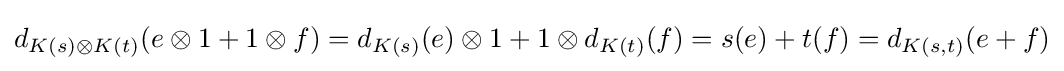
d_{K(s)\otimes K(t)}(e\otimes 1+1\otimes f)=d_{K(s)}(e)\otimes 1+1\otimes d_{K(t)}(f)=s(e)+t(f)=d_{K(s,t)}(e+f)